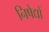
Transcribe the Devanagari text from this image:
निषेद्यों